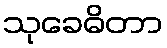
သုခေဓိတာ